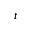
^ { t }